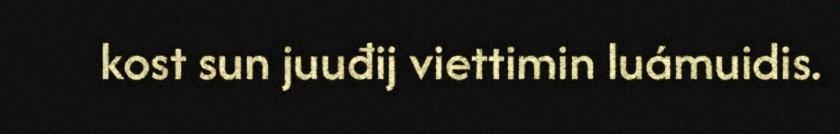
kost sun juuđij viettimin luámuidis.